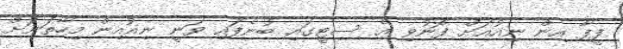
ފީފާ އިން ނިއުއަށް ފޮނުވި އެ ސިޓީގައި ބުނެފައި ވަނީ ނިއުއިން މިހާތަނަށް